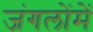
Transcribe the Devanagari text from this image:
जंगलोंमें